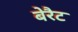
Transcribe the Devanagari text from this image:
बेरैट